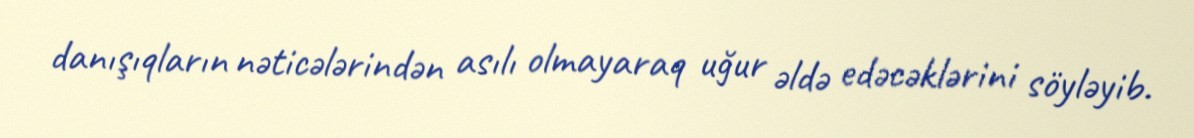
danışıqların nəticələrindən asılı olmayaraq uğur əldə edəcəklərini söyləyib.